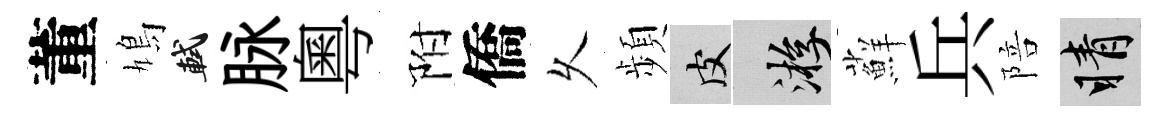
董鳩軾脉粵附僑乆頻皮游蘚兵陪睛